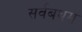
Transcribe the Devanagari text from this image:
सर्वबथम